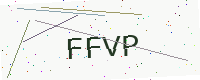
Text: FFVP